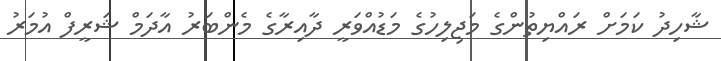
ޝާހިދު ކަމަށް ރައްޔިތުންގެ މަޖިލިހުގެ މަޑުއްވަރީ ދާއިރާގެ މެންބަރު އާދަމް ޝަރީފް އުމަރު